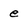
Character: e